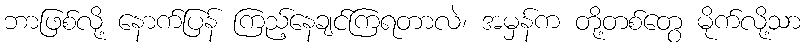
ဘာဖြစ်လို့ နောက်ပြန် ကြည့်နေချင်ကြရတာလဲ၊ အမှန်က တို့တစ်တွေ မိုက်လို့သာ